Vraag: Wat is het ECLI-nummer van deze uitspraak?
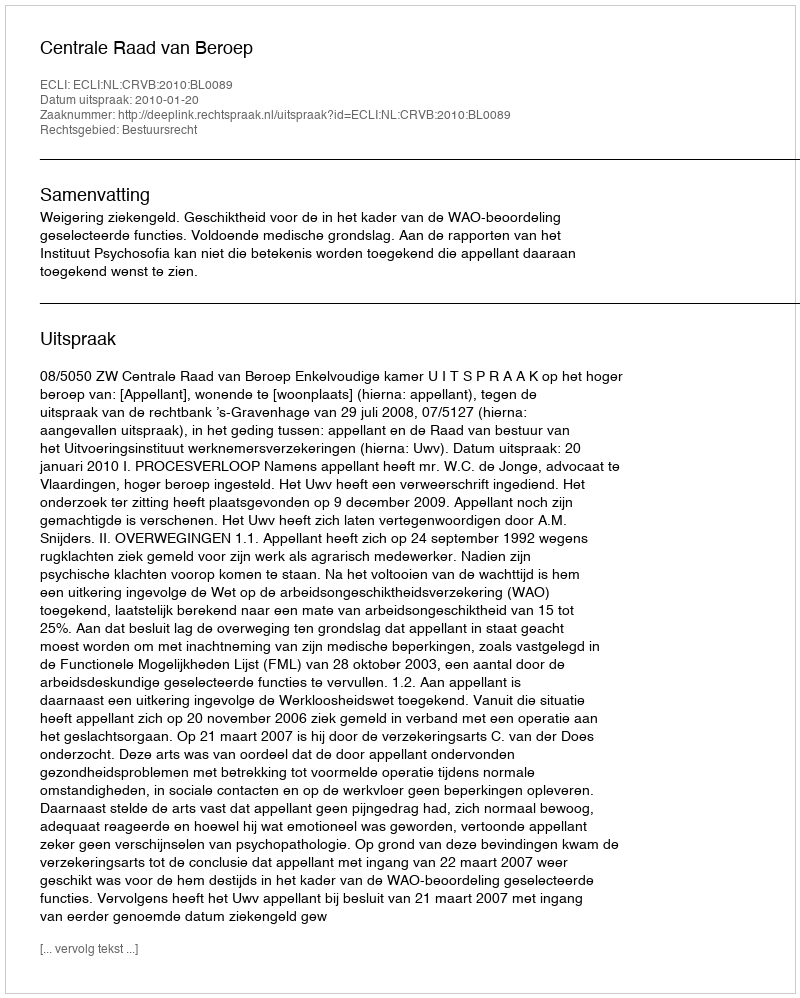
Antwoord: ECLI:NL:CRVB:2010:BL0089